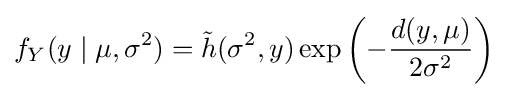
f_{Y}(y\mid \mu ,\sigma ^{2})={\tilde {h}}(\sigma ^{2},y)\exp \left(-{\frac {d(y,\mu )}{2\sigma ^{2}}}\right)\,\!